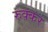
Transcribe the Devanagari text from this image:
रुक्कर